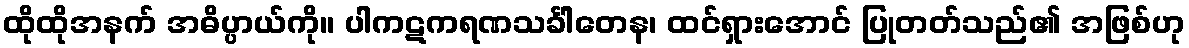
ထိုထိုအနက် အဓိပ္ပာယ်ကို။ ပါကဋကရဏသင်္ခါတေန၊ ထင်ရှားအောင် ပြုတတ်သည်၏ အဖြစ်ဟု